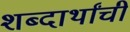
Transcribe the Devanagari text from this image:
शब्दार्थांची